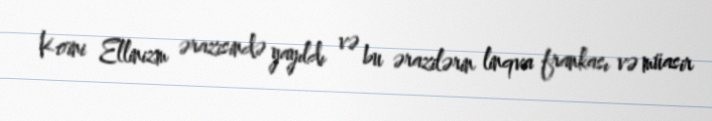
Koini Ellinizm ərazisində yayıldı və bu ərazilərin linqva frankası və müasir